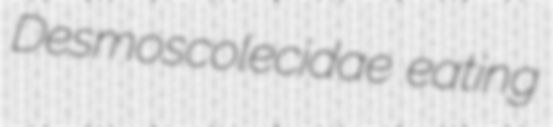
Desmoscolecidae eating